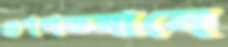
গুণগতমানে